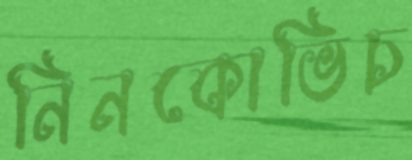
নিনকোভিচ